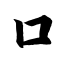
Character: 口